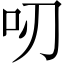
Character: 𠯄